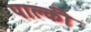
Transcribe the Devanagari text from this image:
पाल्की